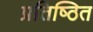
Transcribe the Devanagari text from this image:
प्रतिष्‍ठित